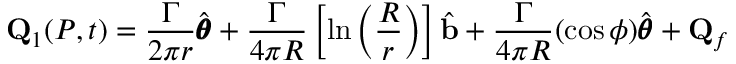
\mathbf { Q } _ { 1 } ( P , t ) = \frac { \Gamma } { 2 \pi r } \hat { \pmb { \theta } } + \frac { \Gamma } { 4 \pi R } \left[ \ln \left( \frac { R } { r } \right) \right] \hat { \mathbf { b } } + \frac { \Gamma } { 4 \pi R } ( \cos \phi ) \hat { \pmb { \theta } } + \mathbf { Q } _ { f }